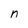
Character: n